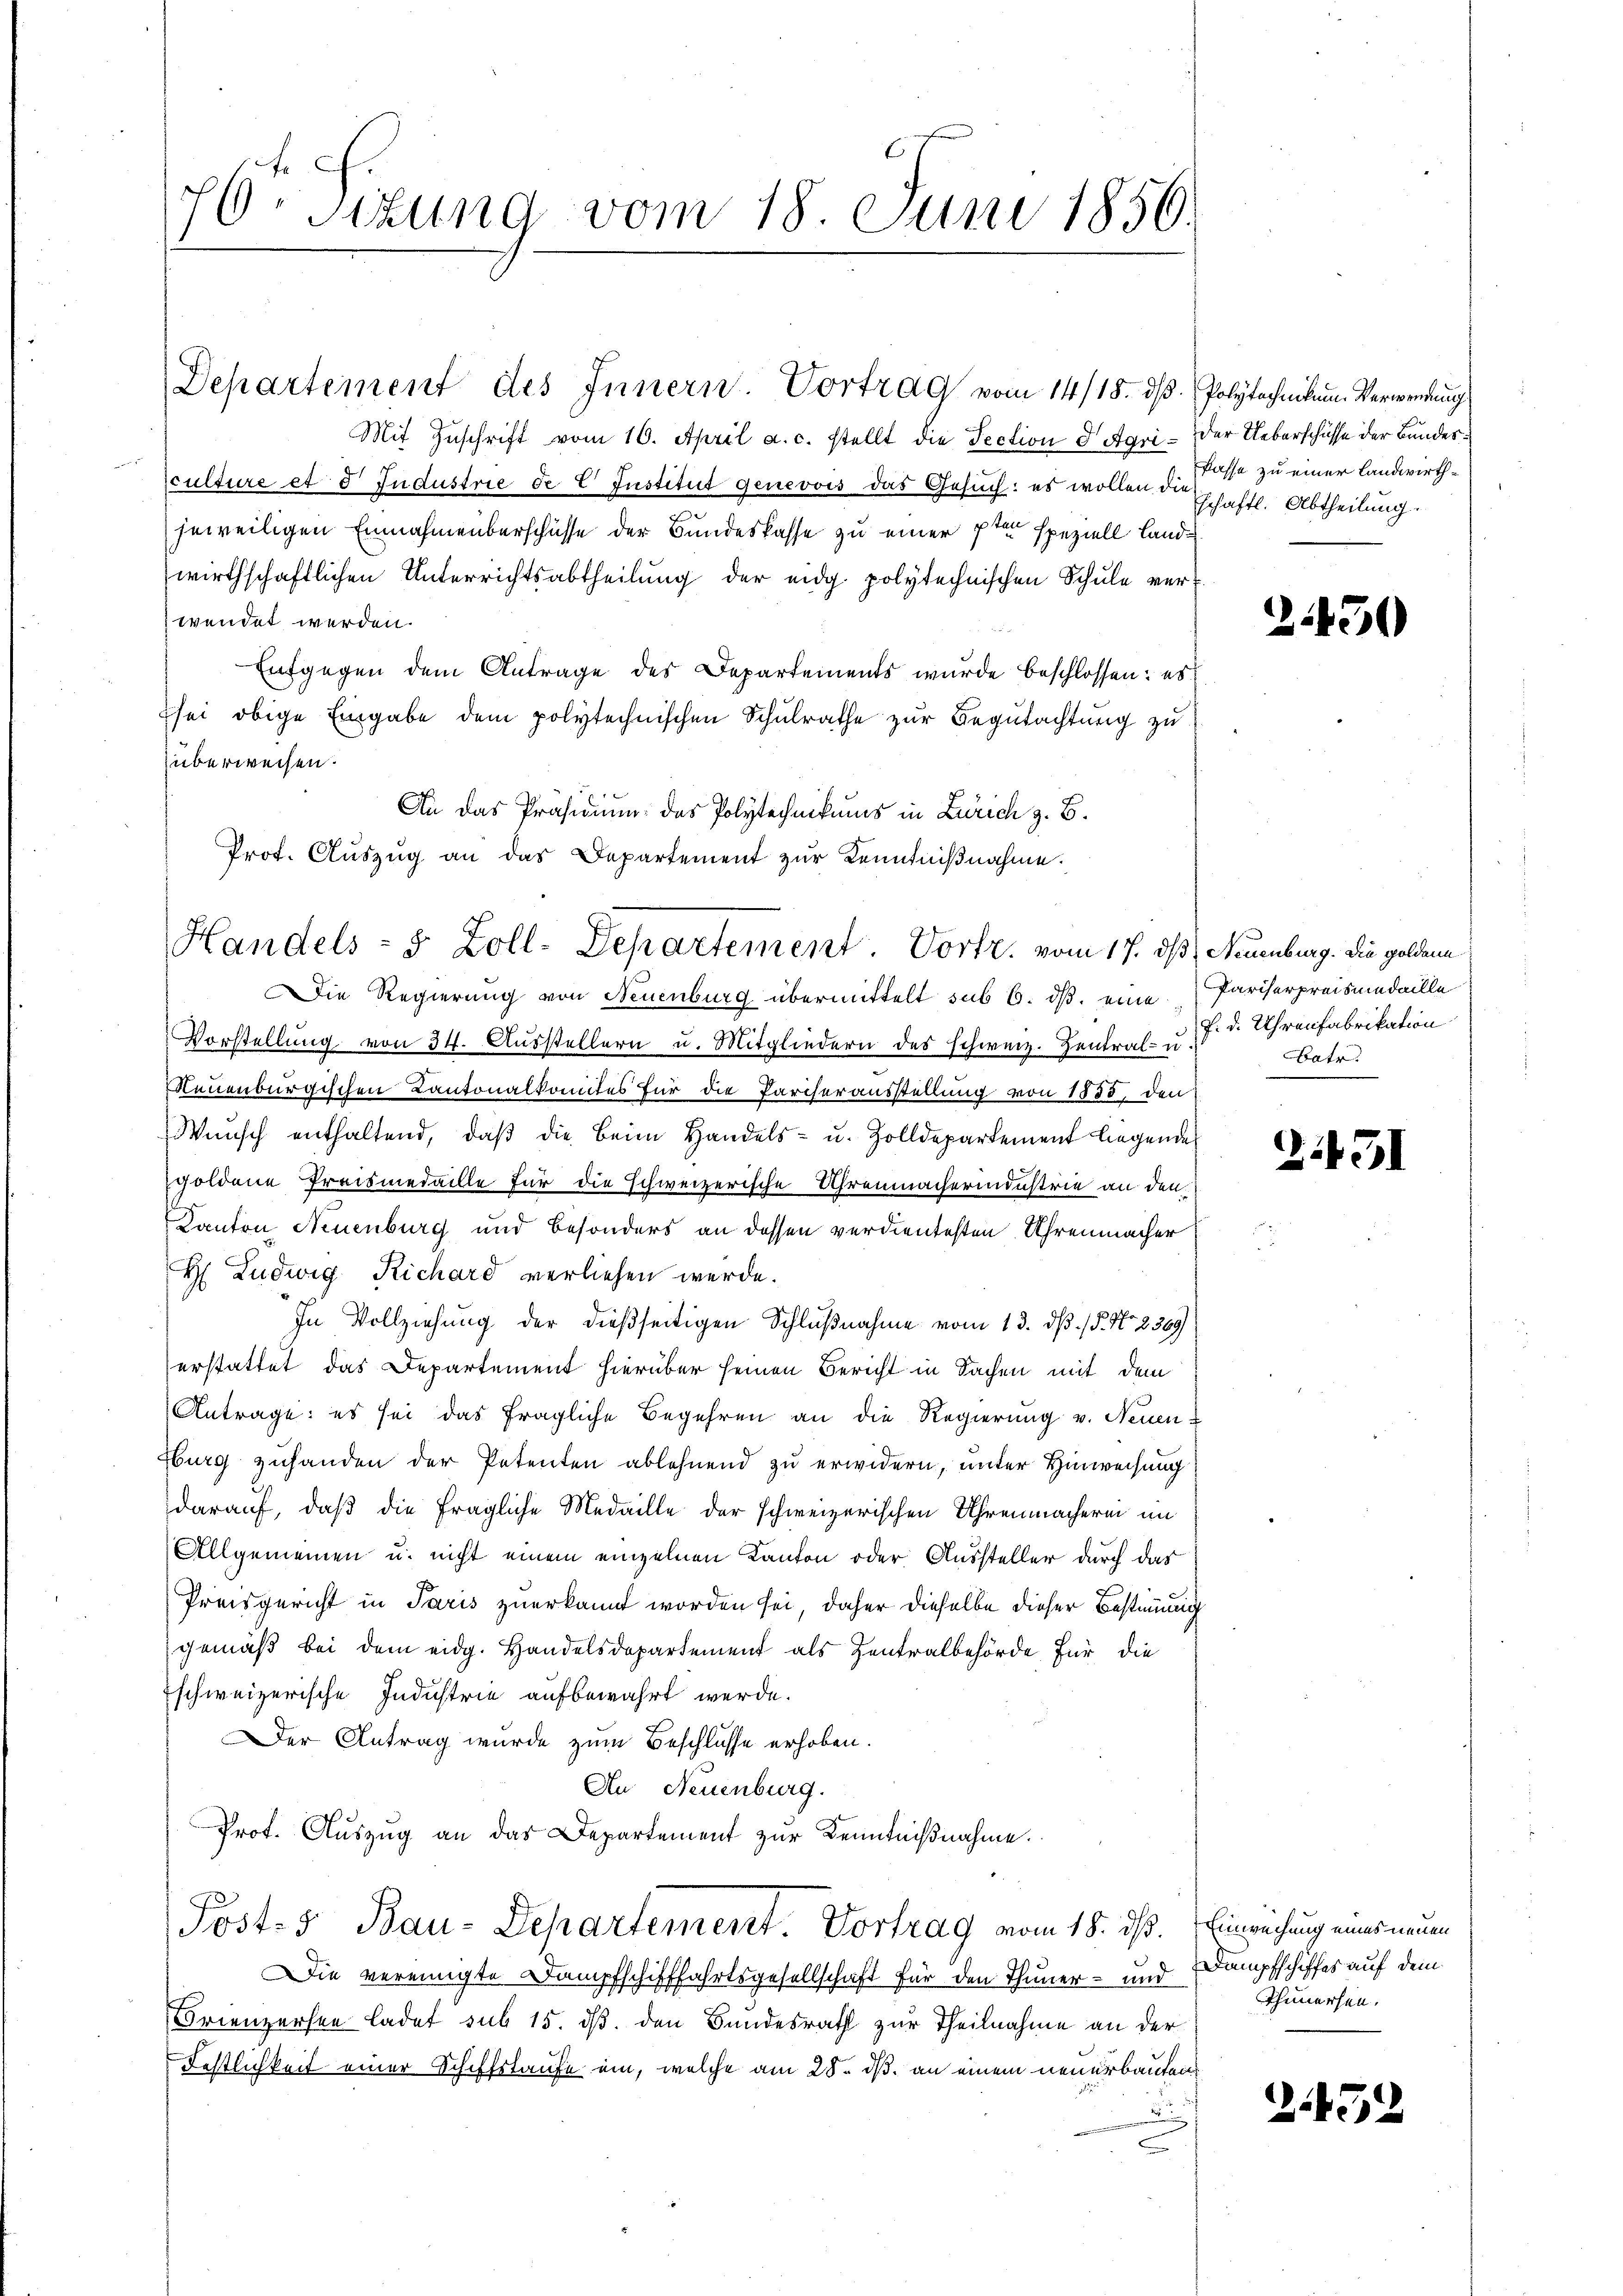
Mit Zuschrift vom 10. April a. c. stellt die Section d Agri- der Ueberschüsse der Bundes¬

culture et 3 Jndustrie de C Justitut genevois das Gesuch: es wollen diese zu einer Landwirthjeweiligen Einnahmeberschüsse der Bundeskasse zu einer 7ten speziell Landwirthschaftlichen Unterrichtsabtheilung der eidg. polytechnischen Schule ver-
wendet werden.
Entgegen dem Antrage des Departements wurde beschlossen: es
sei obige Eingabe dem polytechnischen Schulrathe zur Begutachtung zu
Züberweisen.
An das Präsidium das Polytechnikums in Zürich z. B.
Prof. Aŭszŭg an das Departement zur Kenntniβnahme.

6 Sizung vom 18. Juni 1856.
2

Handels- & Zoll-Departement. Vortr. vom 17. ds Neuenburg. Die goldene

Departement des Innern. Vortrag vom 14/18. ds. Polytechnikum Verwendung

schaftl. Abtheilung.

Die Regierung von Neuenburg übermittelt sub 6. ds. eine Pariserpreismedaille
Vorstellung von 34. Ausstellern u. Mitgliedern des schweiz. Zentral- u
Neuenburgischen Cantonalkomites für die Pariserausstellung von 1885, den
Wŭnsch enthaltend, daβ die beim Handels- u. Zolldepartement liegende
goldene Preismedaille für die schweizerische Uhrenmacherindustrie an den
Kanton Neuenburg und besonders an dessen verdientesten Uhrenmacher
H Ludwig Richard verliehen werde.
In Vollziehung der dießseitigen Schlußnahme vom 13. dß. / 5. No 8369)
erstattet das Departement hierüber seinen Bericht in Sachen mit dem
Antrage: es sei das fragliche Begehren an die Regierung v. Neuen¬
Hburg zuhanden der Petenten ablehnend zu erwidern, unter Hinweisung
darauf, daß die fragliche Medaille der schweizerischen Uhrenmacherin im
Allgemeinen u. nicht einem einzelnen Kanton oder Aussteller durch das
Preisgericht in Paris zuerkannt worden sei, daher dieselbe dieser Bestimmung
gemäß bei dem eidg. Handelsdepartement als Zentralbehörde für die
schweizerische Industrie aufbewahrt werde.
Der Antrag wurde zum Beschlusse erhoben.
An Neuenburg.
Prof. Auszug an das Departement zur Kenntniβnahme.
Post- 5. Bau-Departement. Vortrag vom 18. ds. Einrechung eines neuen
Die vereinigte Dampfschifffahrtsgesellschaft für den Thuner- und Dampfschiffes auf dem
Frienzersen ladet sub 15. ds. den Bundesrath zur Theilnahme an der
Festlichkeit einer Schiffstaufe ein, welche am 28. ds. an einem neuerbauten
c

224430

f. d. Uhrenfabrikation
Batr.

21451

himmersen.

252